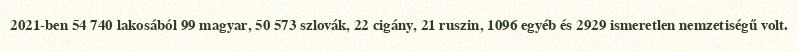
2021-ben 54 740 lakosából 99 magyar, 50 573 szlovák, 22 cigány, 21 ruszin, 1096 egyéb és 2929 ismeretlen nemzetiségű volt.